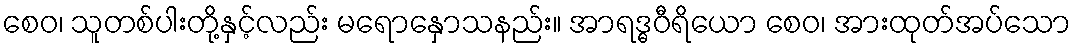
စေဝ၊ သူတစ်ပါးတို့နှင့်လည်း မရောနှောသနည်း။ အာရဒ္ဓဝီရိယော စေဝ၊ အားထုတ်အပ်သော